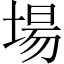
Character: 場